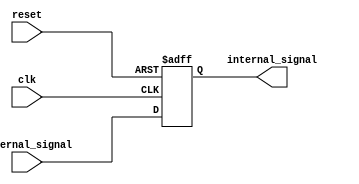
module ECL_buffer (
    input wire clk,
    input wire reset,
    input wire external_signal,
    output wire internal_signal
);

reg internal_signal_reg;

always @(posedge clk or posedge reset) begin
    if (reset) begin
        internal_signal_reg <= 1'b0;
    end else begin
        internal_signal_reg <= external_signal;
    end
end

assign internal_signal = internal_signal_reg;

endmodule